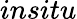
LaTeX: \textit{insitu}